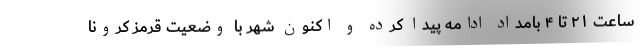
ساعت ۲۱ تا ۴ بامداد ادامه پیدا کرده و اکنون شهر با وضعیت قرمز کرونا